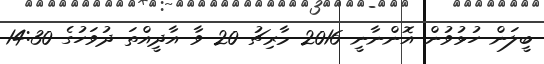
ބީލަން ހުޅުވުން އޮންނާނީ 2016 މާރިޗު 20 ވާ އާދީއްތަ ދުވަހުގެ 14:30